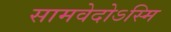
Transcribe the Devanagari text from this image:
सामवेदोऽस्मि